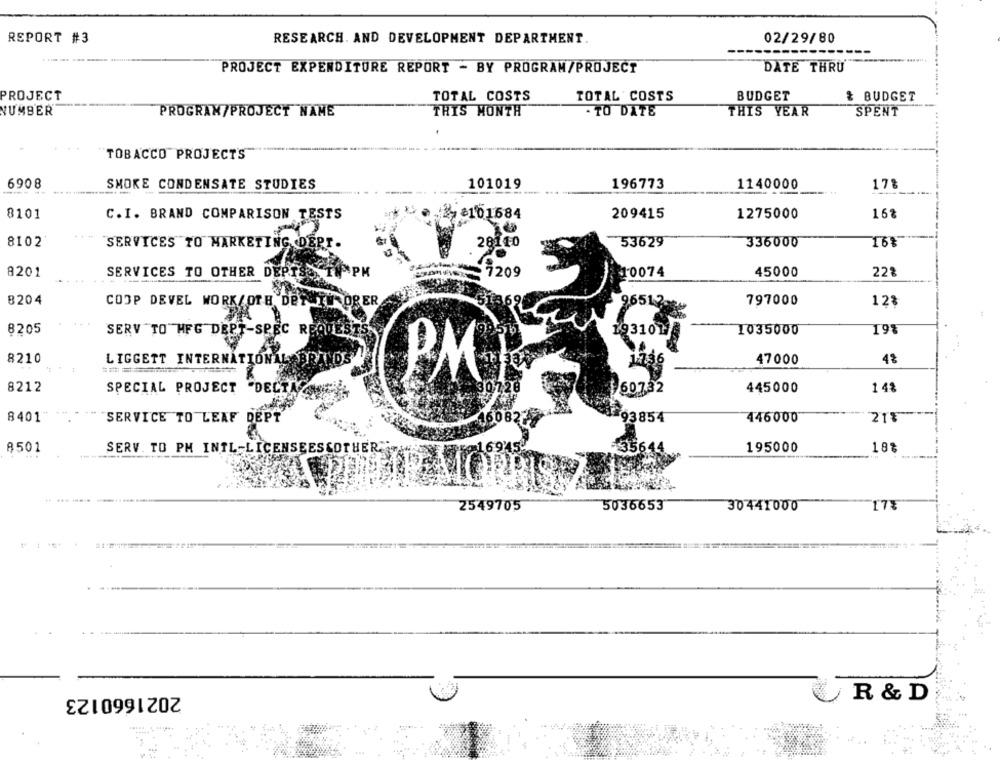
REPORT #3
02/29/80
RESEARCH. AND DEVELOPMENT DEPARTMENT.
PROJECT EXPENDITURE REPORT - BY PROGRAM/PROJECT
DATE THRU
PROJECT
TOTAL COSTS
TOTAL COSTS
BUDGET
& BUDGET
NUMBER
PROGRAM/PROJECT NAME
THIS MONTH
- TO DATE
THIS YEAR
SPENT
TOBACCO PROJECTS
6908
101019
SMOKE CONDENSATE STUDIES
196773
1140000
17%
C.I. BRAND COMPARISON TESTS
8101684
209415
1275000
8101
8102
SERVICES TO MARKETING DEPT.
28140
336000
16%
53629
8201
SERVICES TO OTHER DEPISO TUNPM
209
10074
45000
22
8204
COOP DEVEL WORK/OTH DET TU ORER
69
96512g
797000
12%
8205
SERV TO HFG DEPT-SPEC REQUES
193101
1035000
19%
8210
LIGGETT INTERNATIONALEBRANDS
47000
48
1746
PM
8212
60732
445000
14%
SPECIAL PROJECT "DECTAR
8401
SERVICE TO LEAF DEPT
93854
446000
21%
8501
SERV. TO PH INTL-LICENSEESSOTHER ...
35644
195000
18%
2549705
5036653
30441000
2021660123
R & D
..